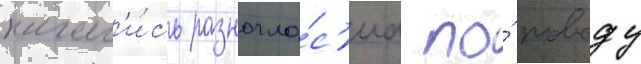
начал'и́сь разногла́с'иа по́ поводу